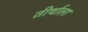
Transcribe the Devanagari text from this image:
तीर्थाला